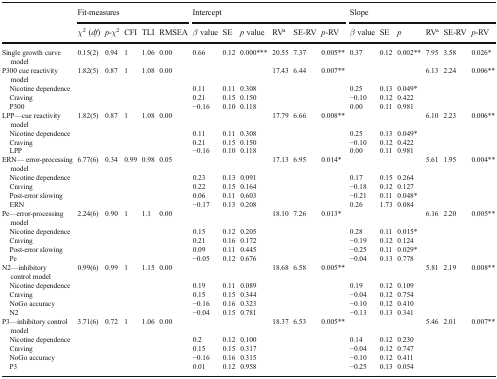
<table><thead><tr><td></td><td colspan="5"><b>Fit-measures</b></td><td colspan="6"><b>Intercept</b></td><td colspan="6"><b>Slope</b></td></tr><tr><td></td><td><b><i>χ</i><sup>2</sup> (<i>df</i>)</b></td><td><b><i>p</i>-<i>χ</i><sup>2</sup></b></td><td><b>CFI</b></td><td><b>TLI</b></td><td><b>RMSEA</b></td><td><b><i>β</i> value</b></td><td><b>SE</b></td><td><b><i>p</i> value</b></td><td><b>RV<sup>a</sup></b></td><td><b>SE-RV</b></td><td><b><i>p</i>-RV</b></td><td><b><i>β</i> value</b></td><td><b>SE</b></td><td><b><i>p</i></b></td><td><b>RV<sup>a</sup></b></td><td><b>SE-RV</b></td><td><b><i>p</i>-RV</b></td></tr></thead><tbody><tr><td>Single growth curve model</td><td>0.15(2)</td><td>0.94</td><td>1</td><td>1.06</td><td>0.00</td><td>0.66</td><td>0.12</td><td>0.000***</td><td>20.55</td><td>7.37</td><td>0.005**</td><td>0.37</td><td>0.12</td><td>0.002**</td><td>7.95</td><td>3.58</td><td>0.026*</td></tr><tr><td>P300 cue reactivity model</td><td>1.82(5)</td><td>0.87</td><td>1</td><td>1.08</td><td>0.00</td><td></td><td></td><td></td><td>17.43</td><td>6.44</td><td>0.007**</td><td></td><td></td><td></td><td>6.13</td><td>2.24</td><td>0.006**</td></tr><tr><td> Nicotine dependence</td><td></td><td></td><td></td><td></td><td></td><td>0.11</td><td>0.11</td><td>0.308</td><td></td><td></td><td></td><td>0.25</td><td>0.13</td><td>0.049*</td><td></td><td></td><td></td></tr><tr><td> Craving</td><td></td><td></td><td></td><td></td><td></td><td>0.21</td><td>0.15</td><td>0.150</td><td></td><td></td><td></td><td>−0.10</td><td>0.12</td><td>0.422</td><td></td><td></td><td></td></tr><tr><td> P300</td><td></td><td></td><td></td><td></td><td></td><td>−0.16</td><td>0.10</td><td>0.118</td><td></td><td></td><td></td><td>0.00</td><td>0.11</td><td>0.981</td><td></td><td></td><td></td></tr><tr><td>LPP—cue reactivity model</td><td>1.82(5)</td><td>0.87</td><td>1</td><td>1.08</td><td>0.00</td><td></td><td></td><td></td><td>17.79</td><td>6.66</td><td>0.008**</td><td></td><td></td><td></td><td>6.10</td><td>2.23</td><td>0.006**</td></tr><tr><td> Nicotine dependence</td><td></td><td></td><td></td><td></td><td></td><td>0.11</td><td>0.11</td><td>0.308</td><td></td><td></td><td></td><td>0.25</td><td>0.13</td><td>0.049*</td><td></td><td></td><td></td></tr><tr><td> Craving</td><td></td><td></td><td></td><td></td><td></td><td>0.21</td><td>0.15</td><td>0.150</td><td></td><td></td><td></td><td>−0.10</td><td>0.12</td><td>0.422</td><td></td><td></td><td></td></tr><tr><td> LPP</td><td></td><td></td><td></td><td></td><td></td><td>−0.16</td><td>0.10</td><td>0.118</td><td></td><td></td><td></td><td>0.00</td><td>0.11</td><td>0.981</td><td></td><td></td><td></td></tr><tr><td>ERN— error-processing model</td><td>6.77(6)</td><td>0.34</td><td>0.99</td><td>0.98</td><td>0.05</td><td></td><td></td><td></td><td>17.13</td><td>6.95</td><td>0.014*</td><td></td><td></td><td></td><td>5.61</td><td>1.95</td><td>0.004**</td></tr><tr><td> Nicotine dependence</td><td></td><td></td><td></td><td></td><td></td><td>0.23</td><td>0.13</td><td>0.091</td><td></td><td></td><td></td><td>0.17</td><td>0.15</td><td>0.264</td><td></td><td></td><td></td></tr><tr><td> Craving</td><td></td><td></td><td></td><td></td><td></td><td>0.22</td><td>0.15</td><td>0.164</td><td></td><td></td><td></td><td>−0.18</td><td>0.12</td><td>0.127</td><td></td><td></td><td></td></tr><tr><td> Post-error slowing</td><td></td><td></td><td></td><td></td><td></td><td>0.06</td><td>0.11</td><td>0.603</td><td></td><td></td><td></td><td>−0.21</td><td>0.11</td><td>0.048*</td><td></td><td></td><td></td></tr><tr><td> ERN</td><td></td><td></td><td></td><td></td><td></td><td>−0.17</td><td>0.13</td><td>0.208</td><td></td><td></td><td></td><td>0.26</td><td>1.73</td><td>0.084</td><td></td><td></td><td></td></tr><tr><td>Pe—error-processing model</td><td>2.24(6)</td><td>0.90</td><td>1</td><td>1.1</td><td>0.00</td><td></td><td></td><td></td><td>18.10</td><td>7.26</td><td>0.013*</td><td></td><td></td><td></td><td>6.16</td><td>2.20</td><td>0.005**</td></tr><tr><td> Nicotine dependence</td><td></td><td></td><td></td><td></td><td></td><td>0.15</td><td>0.12</td><td>0.205</td><td></td><td></td><td></td><td>0.28</td><td>0.11</td><td>0.015*</td><td></td><td></td><td></td></tr><tr><td> Craving</td><td></td><td></td><td></td><td></td><td></td><td>0.21</td><td>0.16</td><td>0.172</td><td></td><td></td><td></td><td>−0.19</td><td>0.12</td><td>0.124</td><td></td><td></td><td></td></tr><tr><td> Post-error slowing</td><td></td><td></td><td></td><td></td><td></td><td>0.09</td><td>0.11</td><td>0.445</td><td></td><td></td><td></td><td>−0.25</td><td>0.11</td><td>0.029*</td><td></td><td></td><td></td></tr><tr><td> Pe</td><td></td><td></td><td></td><td></td><td></td><td>−0.05</td><td>0.12</td><td>0.676</td><td></td><td></td><td></td><td>−0.04</td><td>0.13</td><td>0.778</td><td></td><td></td><td></td></tr><tr><td>N2—inhibitory control model</td><td>0.99(6)</td><td>0.99</td><td>1</td><td>1.15</td><td>0.00</td><td></td><td></td><td></td><td>18.68</td><td>6.58</td><td>0.005**</td><td></td><td></td><td></td><td>5.81</td><td>2.19</td><td>0.008**</td></tr><tr><td> Nicotine dependence</td><td></td><td></td><td></td><td></td><td></td><td>0.19</td><td>0.11</td><td>0.089</td><td></td><td></td><td></td><td>0.19</td><td>0.12</td><td>0.109</td><td></td><td></td><td></td></tr><tr><td> Craving</td><td></td><td></td><td></td><td></td><td></td><td>0.15</td><td>0.15</td><td>0.344</td><td></td><td></td><td></td><td>−0.04</td><td>0.12</td><td>0.754</td><td></td><td></td><td></td></tr><tr><td> NoGo accuracy</td><td></td><td></td><td></td><td></td><td></td><td>−0.16</td><td>0.16</td><td>0.323</td><td></td><td></td><td></td><td>−0.10</td><td>0.12</td><td>0.410</td><td></td><td></td><td></td></tr><tr><td> N2</td><td></td><td></td><td></td><td></td><td></td><td>−0.04</td><td>0.15</td><td>0.781</td><td></td><td></td><td></td><td>−0.13</td><td>0.13</td><td>0.341</td><td></td><td></td><td></td></tr><tr><td>P3—inhibitory control model</td><td>3.71(6)</td><td>0.72</td><td>1</td><td>1.06</td><td>0.00</td><td></td><td></td><td></td><td>18.37</td><td>6.53</td><td>0.005**</td><td></td><td></td><td></td><td>5.46</td><td>2.01</td><td>0.007**</td></tr><tr><td> Nicotine dependence</td><td></td><td></td><td></td><td></td><td></td><td>0.2</td><td>0.12</td><td>0.100</td><td></td><td></td><td></td><td>0.14</td><td>0.12</td><td>0.230</td><td></td><td></td><td></td></tr><tr><td> Craving</td><td></td><td></td><td></td><td></td><td></td><td>0.15</td><td>0.15</td><td>0.317</td><td></td><td></td><td></td><td>−0.04</td><td>0.12</td><td>0.747</td><td></td><td></td><td></td></tr><tr><td> NoGo accuracy</td><td></td><td></td><td></td><td></td><td></td><td>−0.16</td><td>0.16</td><td>0.315</td><td></td><td></td><td></td><td>−0.10</td><td>0.12</td><td>0.411</td><td></td><td></td><td></td></tr><tr><td> P3</td><td></td><td></td><td></td><td></td><td></td><td>0.01</td><td>0.12</td><td>0.958</td><td></td><td></td><td></td><td>−0.25</td><td>0.13</td><td>0.054</td><td></td><td></td><td></td></tr></tbody></table>